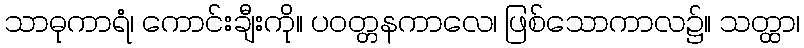
သာဓုကာရံ၊ ကောင်းချီးကို။ ပဝတ္တနကာလေ၊ ဖြစ်သောကာလ၌။ သတ္ထာ၊